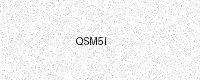
Text: QSM5I